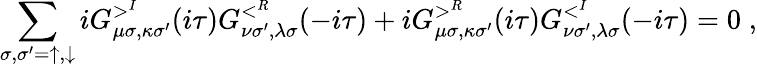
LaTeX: \sum_{\sigma,\sigma^{\prime}=\uparrow,\downarrow}iG_{\mu\sigma,\kappa\sigma^{\prime}}^{>^{I}}(i\tau)G_{\nu\sigma^{\prime},\lambda\sigma}^{<^{R}}(-i\tau)+iG_{\mu\sigma,\kappa\sigma^{\prime}}^{>^{R}}(i\tau)G_{\nu\sigma^{\prime},\lambda\sigma}^{<^{I}}(-i\tau)=0\; ,